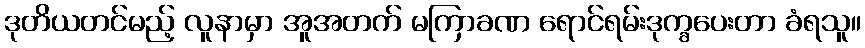
ဒုတိယတင်မည့် လူနာမှာ အူအတက် မကြာခဏ ရောင်ရမ်းဒုက္ခပေးတာ ခံရသူ။